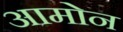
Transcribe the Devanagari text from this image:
आमोन